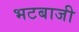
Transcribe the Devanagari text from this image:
भटबाजी